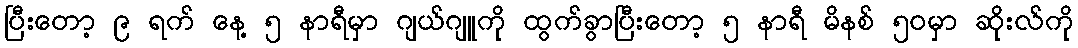
ပြီးတော့ ၉ ရက် နေ့ ၅ နာရီမှာ ဂျယ်ဂျူကို ထွက်ခွာပြီးတော့ ၅ နာရီ မိနစ် ၅၀မှာ ဆိုးလ်ကို